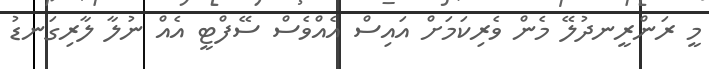
މީ ރަންރީނދުލޭ މެން ވެރިކަމަށް އައިސް އެއްވެސް ސޭފްޓީ އެއް ނުލާ ލާރިގަނޑު